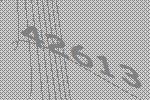
42613